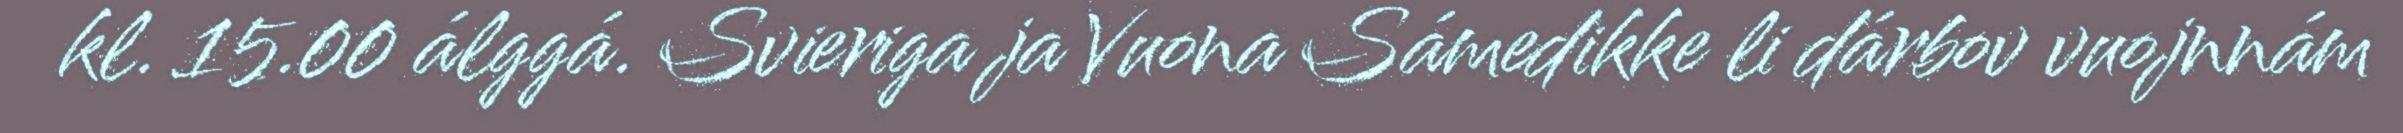
kl. 15.00 álggá. Svieriga ja Vuona Sámedikke li dárbov vuojnnám